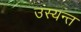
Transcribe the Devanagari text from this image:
उस्यन्त